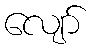
လျော်